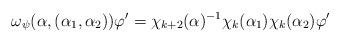
LaTeX: \begin{align*} \omega_\psi(\alpha, (\alpha_1,\alpha_2)) \varphi' = \chi_{k+2}(\alpha)^{-1} \chi_k(\alpha_1) \chi_k(\alpha_2) \varphi'\end{align*}